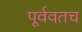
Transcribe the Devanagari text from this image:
पूर्ववतच